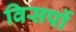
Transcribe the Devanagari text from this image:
विसर्पो